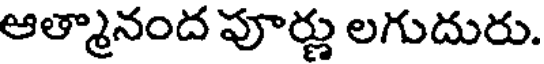
ఆత్మానంద పూర్ణు లగుదురు.